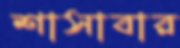
শাসাবার